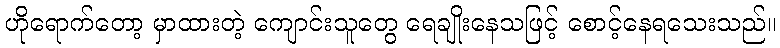
ဟိုရောက်တော့ မှာထားတဲ့ ကျောင်းသူတွေ ရေချိုးနေသဖြင့် စောင့်နေရသေးသည်။